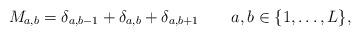
LaTeX: \begin{align*}M_{a,b} = \delta_{a,b-1} + \delta_{a,b} + \delta_{a,b+1}\qquad a,b\in \{1,\ldots,L\},\end{align*}